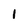
Character: I